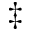
\ddagger